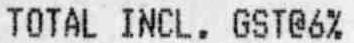
TOTAL INCL. GST@6%